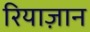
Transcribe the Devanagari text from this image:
रियाज़ान